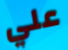
علي